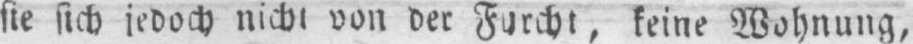
keine Wohnung,